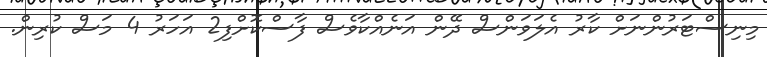
މިނިސްޓަރުންނަށް ކާރު އެލަވަންސް ދޭން އަނެއްކާވެސް ފާސްކޮށްފި2 އަހަރު 4 މަސް ކުރިން.